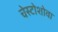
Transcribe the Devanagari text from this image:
चेस्टोशोवा